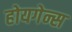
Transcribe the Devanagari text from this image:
होयगेन्स